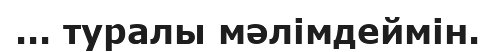
... туралы мәлімдеймін.